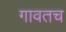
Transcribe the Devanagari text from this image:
गावतच